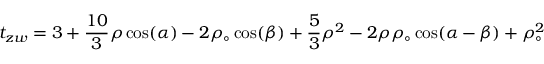
t _ { z w } = 3 + \frac { 1 0 } 3 \rho \cos ( \alpha ) - 2 \rho _ { \circ } \cos ( \beta ) + \frac 5 3 \rho ^ { 2 } - 2 \rho \rho _ { \circ } \cos ( \alpha - \beta ) + \rho _ { \circ } ^ { 2 }